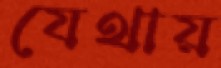
যেথায়